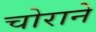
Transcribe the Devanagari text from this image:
चोराने